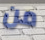
من